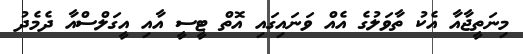
މިނަތީޖާއާ އެކު ތާވަލުގެ އެއް ވަނައިގައި އޮތް ޓީސީ އާއި އީގަލްސްއާ ދެމެދު